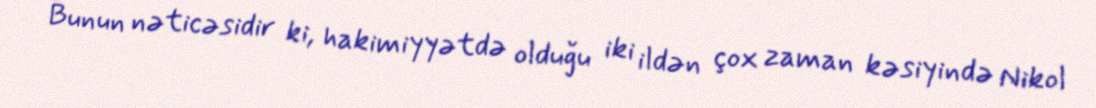
Bunun nəticəsidir ki, hakimiyyətdə olduğu iki ildən çox zaman kəsiyində Nikol